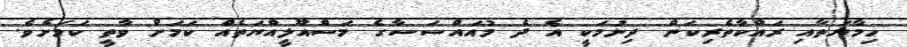
ހިމާޔަތާއި ރައްކާތެރިކަން ދިނުމަކީ އެ ދެ މުއައްސަސާގެ މަސްއޫލީއްޔަތެއް ކަމަށް ވާތީ ކަމަށެވެ.